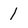
Character: 1